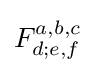
F_{d;e,f}^{a,b,c}